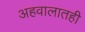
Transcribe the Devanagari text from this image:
अहवालातही